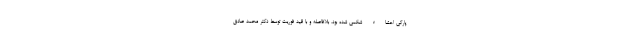
پارگی احشاء شکمی شده بود، بلافاصله و با قید فوریت توسط دکتر محمد صادق